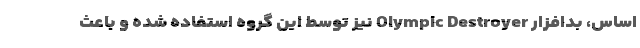
اساس، بدافزار Olympic Destroyer نیز توسط این گروه استفاده شده و باعث